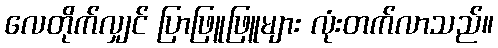
လေတိုက်လျှင် ပြာဖြူဖြူများ လုံးတက်လာသည်။